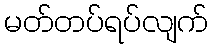
မတ်တပ်ရပ်လျက်